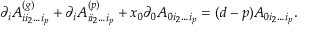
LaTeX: \partial _ { i } A _ { i i _ { 2 } \ldots i _ { p } } ^ { ( g ) } + \partial _ { i } A _ { i i _ { 2 } \ldots i _ { p } } ^ { ( p ) } + x _ { 0 } \partial _ { 0 } A _ { 0 i _ { 2 } \ldots i _ { p } } = ( d - p ) A _ { 0 i _ { 2 } \ldots i _ { p } } .